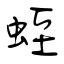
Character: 蛭